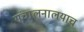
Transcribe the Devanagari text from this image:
संचालनालयाच